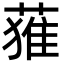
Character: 𮐴